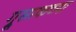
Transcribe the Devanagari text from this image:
ग्रूसाकच्या